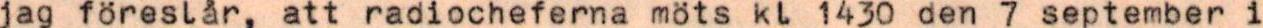
jag föreslår, att radiocheferna möts kl 1430 den 7 september i